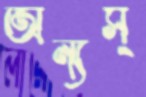
অন্যস্